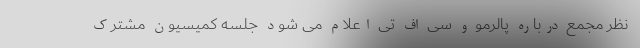
نظر مجمع درباره پالرمو و سی اف تی اعلام می شود جلسه کمیسیون مشترک